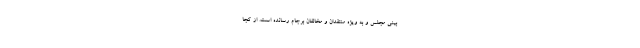
‌بینی‌ مجلس و به ویژه منتقدان و مخالفان برجام رسانده است. از کجا